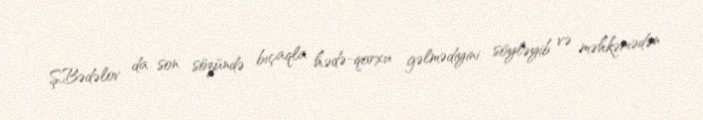
Ş.Bədəlov da son sözündə bıçaqla hədə-qorxu gəlmədiyini söyləyib və məhkəmədən